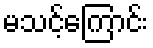
မသင့်ကြောင်း